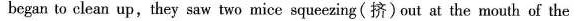
began to clean up,they saw two mice squeezing(挤)out at the nouth of the